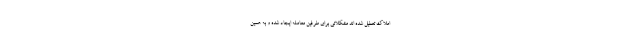
املاک تعطیل شده اند مشکلاتی برای طرفین معامله ایجاد شده و به همین